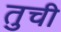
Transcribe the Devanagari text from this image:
तुची